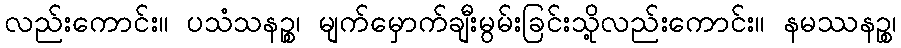
လည်းကောင်း။ ပသံသနဉ္စ၊ မျက်မှောက်ချီးမွမ်းခြင်းသို့လည်းကောင်း။ နမဿနဉ္စ၊